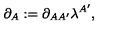
\partial _ { A } : = \partial _ { A A ^ { \prime } } \lambda ^ { A ^ { \prime } } ,